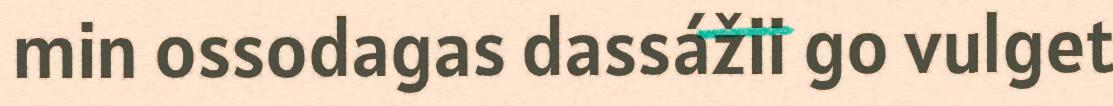
min ossodagas dassážii go vulget